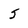
Character: 5